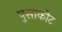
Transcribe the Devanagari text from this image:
पुसाकोट